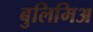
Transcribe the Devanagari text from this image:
बुलिमिअ